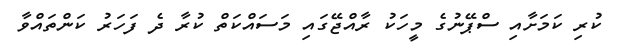
ކުރި ކަމަށާއި ސްޕޭނުގެ މީހަކު ރާއްޖޭގައި މަސައްކަތް ކުރާ ދެ ފަހަރު ކަންތައްވާ